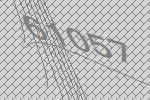
61057